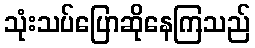
သုံးသပ်ပြောဆိုနေကြသည်